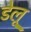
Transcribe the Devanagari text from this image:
डेलू